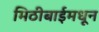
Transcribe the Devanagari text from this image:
मिठीबाईमधून